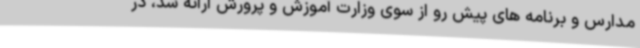
مدارس و برنامه های پیش رو از سوی وزارت آموزش و پرورش ارائه شد، در